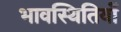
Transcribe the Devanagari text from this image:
भावस्थितियों